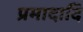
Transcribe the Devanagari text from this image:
प्रमादादि